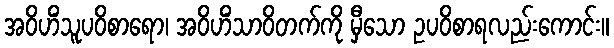
အဝိဟိံသူပဝိစာရော၊ အဝိဟိံသာဝိတက်ကို မှီသော ဥပဝိစာရလည်းကောင်း။